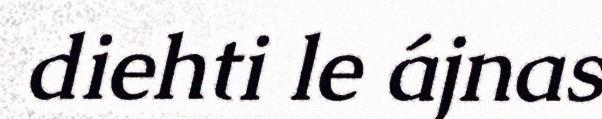
diehti le ájnas